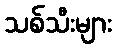
သစ်သီးများ